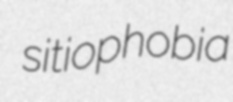
sitiophobia